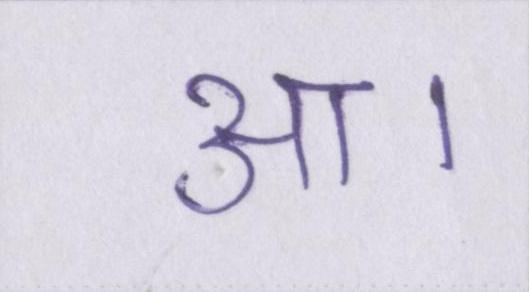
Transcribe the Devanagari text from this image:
आ।